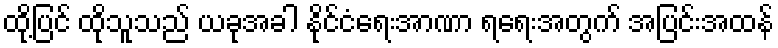
ထို့ပြင် ထိုသူသည် ယခုအခါ နိုင်ငံရေးအာဏာ ရရေးအတွက် အပြင်းအထန်